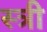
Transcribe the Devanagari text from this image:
स्त्री